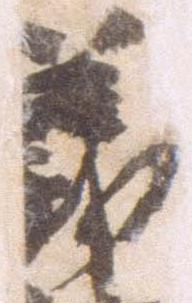
義